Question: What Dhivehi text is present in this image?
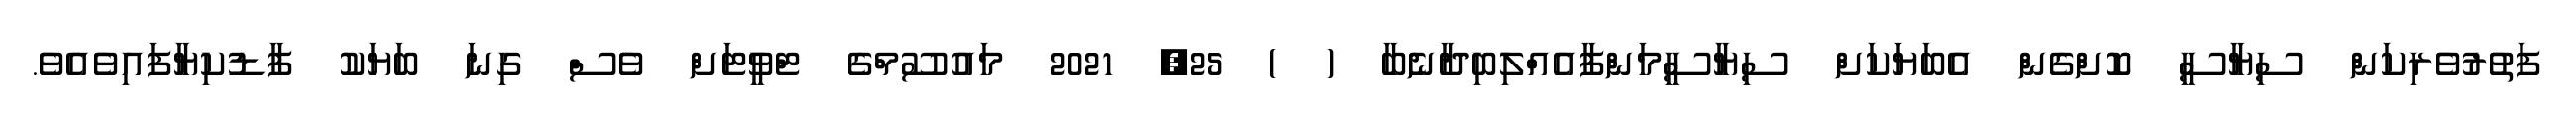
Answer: ފަތުރުވެރިކަން ސިޔާސީ ކޮށްގެން އެބަޔަކަށް ސިޔާސީމަންފާއެއްލިބިދާނެބާ ( ) 25, 2021 މައުސޫމްގެ ޓްވީޓަށް ވެސް ގިނަ ބަޔަކު ފާޑުކިޔާފައިވެއެވެ.